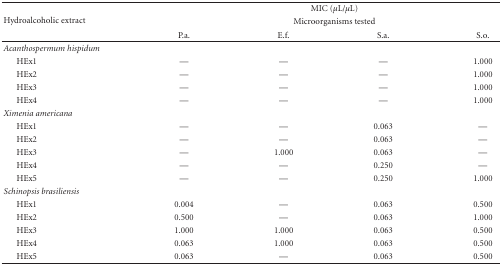
<table><thead><tr><td rowspan="3"><b>Hydroalcoholic extract</b></td><td colspan="4"><b>MIC (<i>μ</i>L/<i>μ</i>L)</b></td></tr><tr><td colspan="4"><b>Microorganisms tested</b></td></tr><tr><td><b>P.a.</b></td><td><b>E.f.</b></td><td><b>S.a.</b></td><td><b>S.o.</b></td></tr></thead><tbody><tr><td><i>Acanthospermum hispidum </i></td><td></td><td></td><td></td><td></td></tr><tr><td> HEx1</td><td>—</td><td>—</td><td>—</td><td>1.000</td></tr><tr><td> HEx2</td><td>—</td><td>—</td><td>—</td><td>1.000</td></tr><tr><td> HEx3</td><td>—</td><td>—</td><td>—</td><td>1.000</td></tr><tr><td> HEx4</td><td>—</td><td>—</td><td>—</td><td>1.000</td></tr><tr><td><i>Ximenia americana</i></td><td></td><td></td><td></td><td></td></tr><tr><td> HEx1</td><td>—</td><td>—</td><td>0.063</td><td>—</td></tr><tr><td> HEx2</td><td>—</td><td>—</td><td>0.063</td><td>—</td></tr><tr><td> HEx3</td><td>—</td><td>1.000</td><td>0.063</td><td>—</td></tr><tr><td> HEx4</td><td>—</td><td>—</td><td>0.250</td><td>—</td></tr><tr><td> HEx5</td><td>—</td><td>—</td><td>0.250</td><td>1.000</td></tr><tr><td><i>Schinopsis brasiliensis</i></td><td></td><td></td><td></td><td></td></tr><tr><td> HEx1</td><td>0.004</td><td>—</td><td>0.063</td><td>0.500</td></tr><tr><td> HEx2</td><td>0.500</td><td>—</td><td>0.063</td><td>1.000</td></tr><tr><td> HEx3</td><td>1.000</td><td>1.000</td><td>0.063</td><td>0.500</td></tr><tr><td> HEx4</td><td>0.063</td><td>1.000</td><td>0.063</td><td>0.500</td></tr><tr><td> HEx5</td><td>0.063</td><td>—</td><td>0.063</td><td>0.500</td></tr></tbody></table>